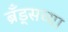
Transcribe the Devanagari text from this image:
ब्रँड्सच्या